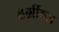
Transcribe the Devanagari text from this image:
हर्ग्रीव्स